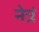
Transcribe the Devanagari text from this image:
नेत्रं